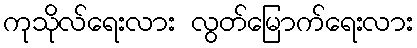
ကုသိုလ်ရေးလား လွတ်မြောက်ရေးလား